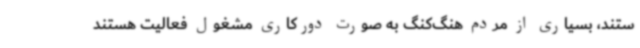
ستند،‌ بسیاری از مردم هنگ‌کنگ به صورت دورکاری مشغول فعالیت‌ هستند